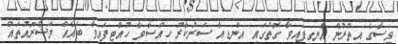
ވިސާގެ އިތުރުން އެނގިފައިވާ ގޮތުގައި އިންޑިއާ ސަރުކާރު ހިއްސާވާ ހުއްޓިފައިވާ ބައެއް މަޝްރޫއުތައް